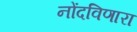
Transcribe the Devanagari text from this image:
नोंदविणारा